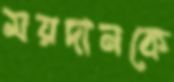
ময়দানকে